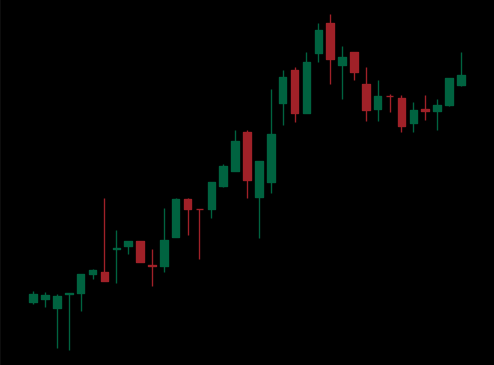
Pattern: bear_flag